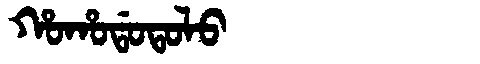
Manchu: ᡥᠣᡥᠣᡩᠣᡨᠣᠯᠣ
Romanization: HOHODOTOLO